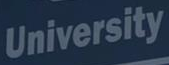
University